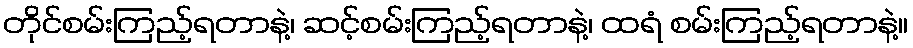
တိုင်စမ်းကြည့်ရတာနဲ့၊ ဆင့်စမ်းကြည့်ရတာနဲ့၊ ထရံ စမ်းကြည့်ရတာနဲ့။